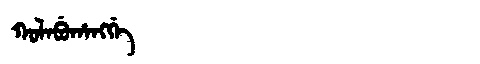
Manchu: ᡴᠣᠯᠠᠪᡠᡥᠠᠩᡤᡝ
Romanization: KOLABUHANGGE